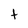
Character: t